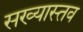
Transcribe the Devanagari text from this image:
सख्यास्तव